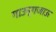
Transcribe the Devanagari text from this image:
गाउन्गजाऊ